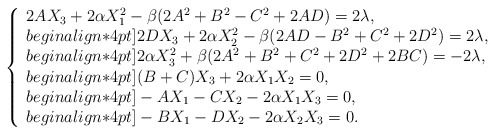
\begin{align*}\left\{\begin{array}{l}2A X_3 +2 \alpha X_1^2-\beta(2A^2+ B^2- C^2+2AD)=2\lambda, \\begin{align*}4pt]2D X_3+2 \alpha X_2^2-\beta(2AD- B^2+ C^2 +2D^2)=2\lambda, \\begin{align*}4pt]2 \alpha X_3^2+\beta(2 A^2+ B^2+ C^2+2D^2+2 BC )=-2\lambda, \\begin{align*}4pt](B+C)X_3+2\alpha X_1X_2 =0, \\begin{align*}4pt]-A X_1 -CX_2 -2\alpha X_1X_3 =0, \\begin{align*}4pt]-B X_1 -D X_2-2\alpha X_2X_3 =0.\end{array}\right.\end{align*}